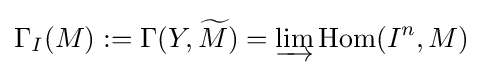
\Gamma _{I}(M):=\Gamma (Y,{\widetilde {M}})=\varinjlim \operatorname {Hom} (I^{n},M)